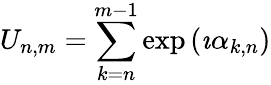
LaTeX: U_{n,m}=\sum_{k=n}^{m-1}\exp\left(\imath\alpha_{k,n}\right)